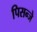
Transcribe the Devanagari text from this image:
पिसन्जे